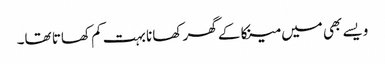
ویسے بھی میں مینکا کے گھر کھانا بہت کم کھاتا تھا۔